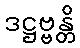
ဒဋ္ဌဗ္ဗန္တိ